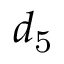
d _ { \mathrm { { 5 } } }